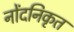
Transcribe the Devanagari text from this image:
नोंदनिकृत